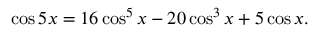
\cos 5 x = 1 6 \cos ^ { 5 } x - 2 0 \cos ^ { 3 } x + 5 \cos x .